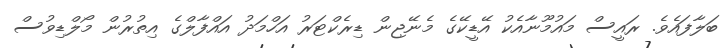
ބަލާފައެވެ. ރައީސް މައުމޫނާއެކު އޭޑީކޭގެ މެނޭޖިން ޑިރެކްޓަރު އަހްމަދު އައްފާލްގެ އިތުރުން މޯލްޑިވުސް